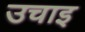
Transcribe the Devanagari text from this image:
उचाइ